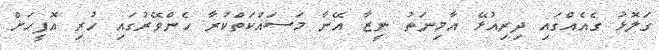
ގަލޮޅު ގެއެއްގައި ދިރިއުޅޭ އާމިނަތު ނީޒާ އޭނާ މަސައްކަތްކުރާ ހެންވޭރުގައި ހުރި އޮފީހަށް